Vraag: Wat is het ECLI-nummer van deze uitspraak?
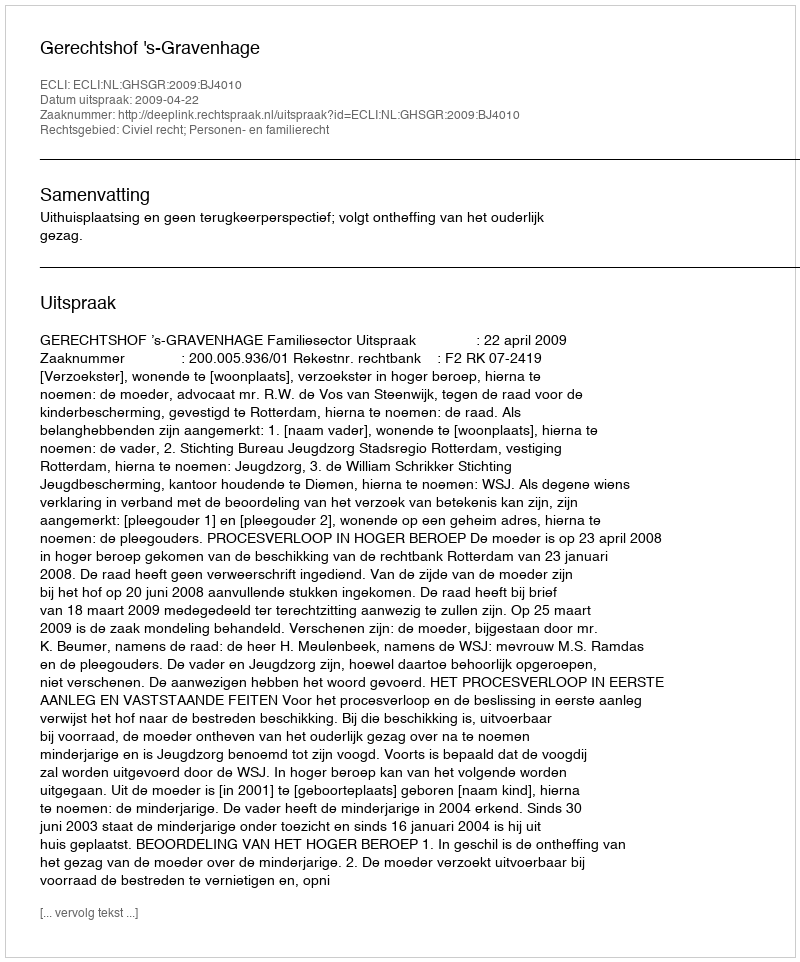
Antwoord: ECLI:NL:GHSGR:2009:BJ4010